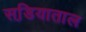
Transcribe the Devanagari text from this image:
सडि़याताल